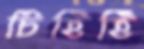
চিঁহিঁহিঁ